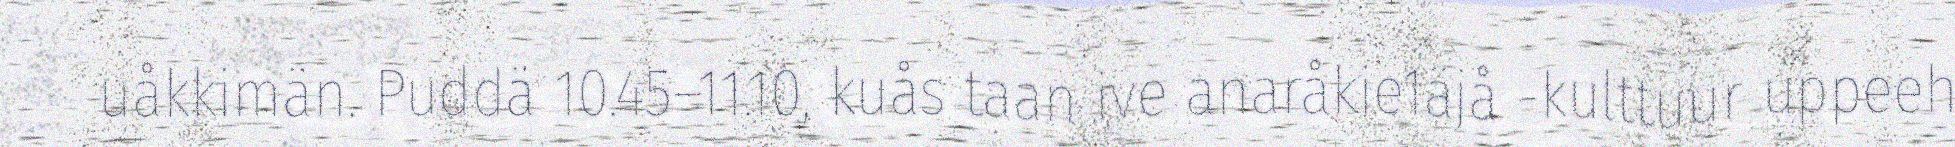
uåkkimän. Puddä 10.45–11.10, kuås taan ive anaråkie1äjå -kulttuur uppeeh